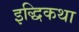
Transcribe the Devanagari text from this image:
इद्धिकथा